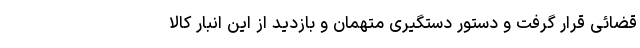
قضائی قرار گرفت و دستور دستگیری متهمان و بازدید از این انبار کالا